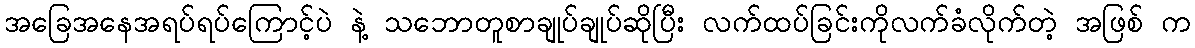
အခြေအနေအရပ်ရပ်ကြောင့်ပဲ နဲ့ သဘောတူစာချုပ်ချုပ်ဆိုပြီး လက်ထပ်ခြင်းကိုလက်ခံလိုက်တဲ့ အဖြစ် က